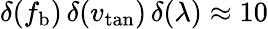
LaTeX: \delta(f_{\mathrm{b}})\, \delta(v_{\mathrm{tan}})\, \delta(\lambda)\approx 10